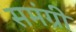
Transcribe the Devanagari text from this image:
समंग्री